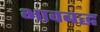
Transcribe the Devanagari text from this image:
भावबद्ध